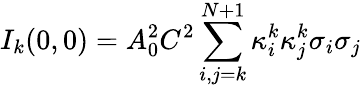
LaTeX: {I_{k}}(0,0)=A_{0}^{2}{C^{2}}\sum_{i,j=k}^{N+1}{\kappa_{i}^{k}\kappa_{j}^{k}{\sigma_{i}}{\sigma_{j}}}